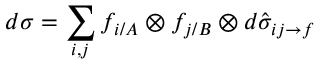
d \sigma = \sum _ { i , j } f _ { i / A } \otimes f _ { j / B } \otimes d \hat { \sigma } _ { i j \to f }